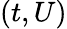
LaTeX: (t,U)